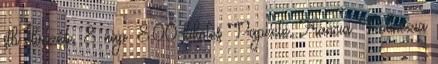
stb élvezése. 8. nap: 8.00 kikötés Papeete, Francia Polinézia